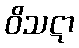
ဝိသဋာ